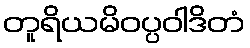
တူရိယမိဝပ္ပဝါဒိတံ